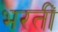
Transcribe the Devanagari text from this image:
भरतीं